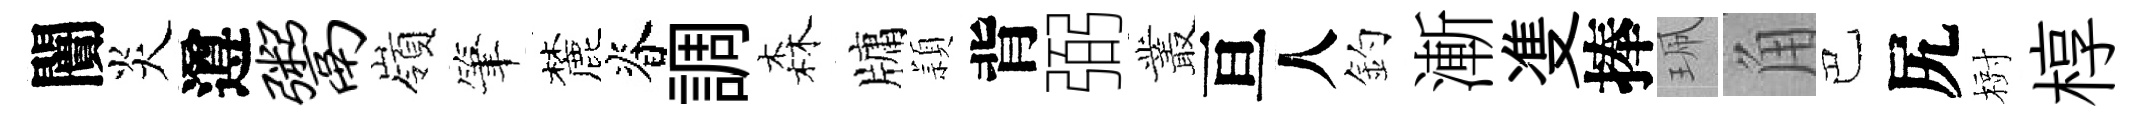
闠炎遵鬻嶺筆麓脊調森牗頴背弼叢亘人釣漸㕠捧珮角巴尻𣗳椁